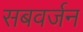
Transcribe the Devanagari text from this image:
सबवर्जन